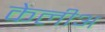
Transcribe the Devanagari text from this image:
केलीअ